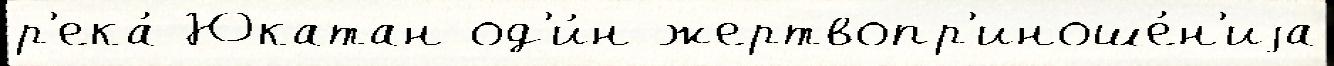
р'ека́ Юкатан од'и́н жертвопр'иноше́н'иjа